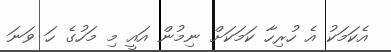
އެކަމަކު އެ ހުރިހާ ކަމަކަށް ނިމުން އައީ މި މަހުގެ ހަ ވަނަ